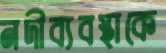
নদীব্যবস্থাকে